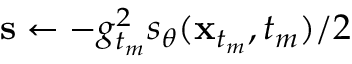
\mathbf { s } \gets - g _ { t _ { m } } ^ { 2 } s _ { \theta } ( \mathbf { x } _ { t _ { m } } , t _ { m } ) / 2